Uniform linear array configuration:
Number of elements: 32
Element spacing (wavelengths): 1
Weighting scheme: hann
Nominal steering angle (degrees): -15
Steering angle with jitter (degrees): -13.781
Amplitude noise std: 0.05
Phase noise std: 0.05

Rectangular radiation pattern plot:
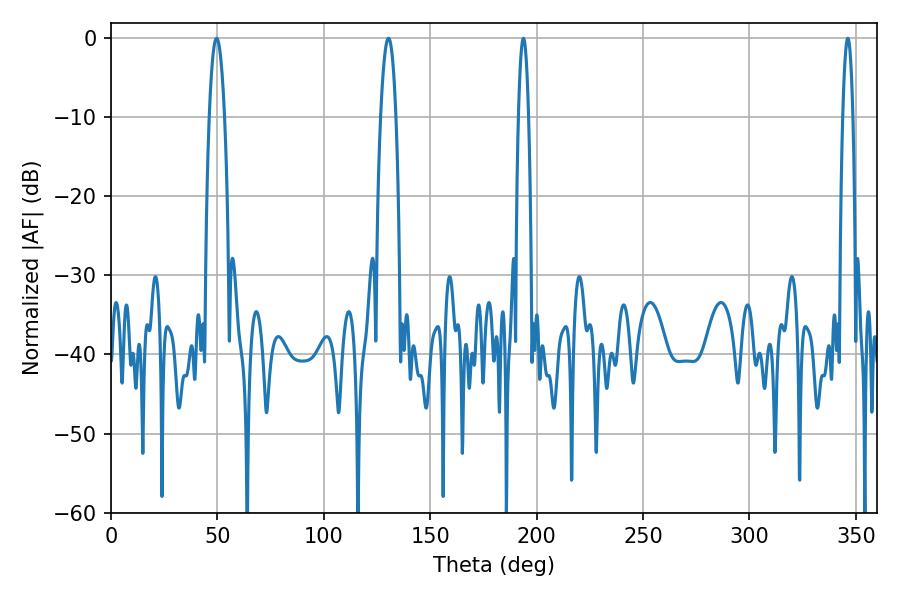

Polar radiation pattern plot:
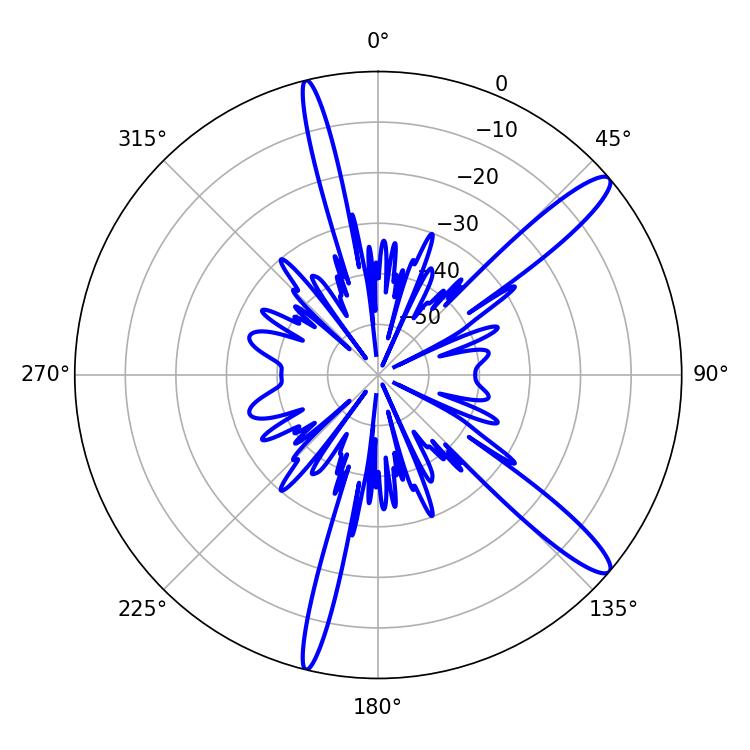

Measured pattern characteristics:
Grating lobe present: TRUE
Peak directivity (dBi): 13.439
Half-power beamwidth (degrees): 3.96
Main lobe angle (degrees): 49.68